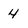
Character: 4